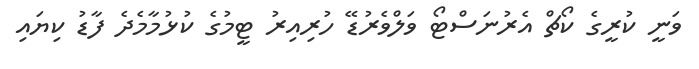
ވަނީ ކުރީގެ ކޯޗް އެރުނަސްޓޯ ވަލްވެރުޑޭ ހުރިއިރު ޓީމުގެ ކުޅުމާމެދެ ފާޑު ކިޔައި